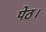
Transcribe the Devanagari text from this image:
पेठ।